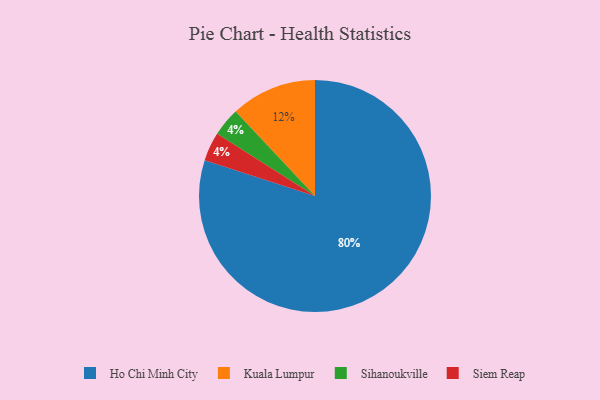
{"axis": {"x": "Category", "y": "Percentage"}, "legend": ["Ho Chi Minh City", "Kuala Lumpur", "Siem Reap", "Sihanoukville"], "data": [{"x": "Sihanoukville", "y": 4, "type": "Sihanoukville"}, {"x": "Ho Chi Minh City", "y": 80, "type": "Ho Chi Minh City"}, {"x": "Siem Reap", "y": 4, "type": "Siem Reap"}, {"x": "Kuala Lumpur", "y": 12, "type": "Kuala Lumpur"}]}